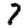
Digit: 7